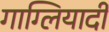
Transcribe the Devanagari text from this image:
गाग्लियार्दी